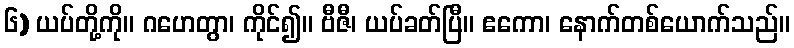
၆) ယပ်တို့ကို။ ဂဟေတွာ၊ ကိုင်၍။ ဗီဇီ၊ ယပ်ခတ်ပြီ။ ဧကော၊ နောက်တစ်ယောက်သည်။